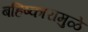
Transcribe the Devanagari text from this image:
बहिष्कारामुळे